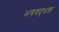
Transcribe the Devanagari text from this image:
भगवद्‌भक्त